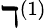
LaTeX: \daleth^{(1)}